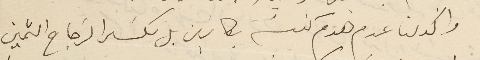
واكد لنا عدم هدم كنيسَة بكاسَين بل تكسَر الزجاح الثمين